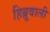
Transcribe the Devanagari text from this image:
हिब्रूवाली